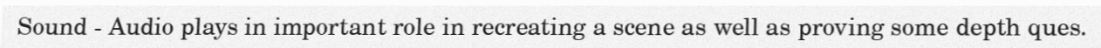
Sound - Audio plays in important role in recreating a scene as well as proving some depth ques.